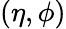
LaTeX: (\eta,\phi)